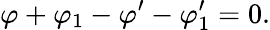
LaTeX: \varphi+\varphi_{1}-\varphi^{\prime}-\varphi_{1}^{\prime}=0.